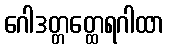
ဂေါဒတ္တတ္ထေရဂါထာ